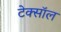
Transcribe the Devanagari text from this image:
टेक्सॉल